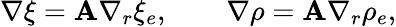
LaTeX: \nabla\xi={\mathbf A}\nabla_{r}\xi_{e},\qquad\nabla\rho={\mathbf A}\nabla_{r}\rho_{e},